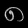
Digit: ၈